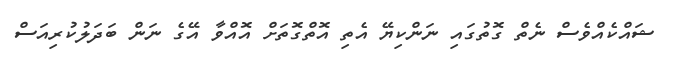
ޝައްކެއްވެސް ނެތް ގޮތުގައި ނަންކިޔޭ އެތި އޮތްގޮތަށް އޮއްވާ އޭގެ ނަން ބަދަލުކުރިއަސް